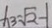
x _ { 3 } = \sqrt { 2 } - 1